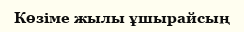
Көзіме жылы ұшырайсың